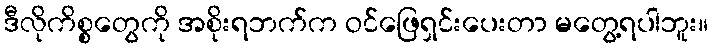
ဒီလိုကိစ္စတွေကို အစိုးရဘက်က ဝင်ဖြေရှင်းပေးတာ မတွေ့ရပါဘူး။